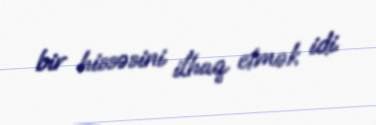
bir hissəsini ilhaq etmək idi.